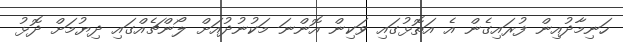
ހަނިމާދުއިން ފުރައިގެން އެ އަތޮޅުގައި ވަކިން އޮންނަ މަކުނުދުއަށް ލޯންޗެއްގައި ދިޔުމަށް ދޮޅު